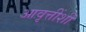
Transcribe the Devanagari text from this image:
आवृत्तींशी